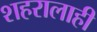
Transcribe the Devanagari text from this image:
शहरालाही